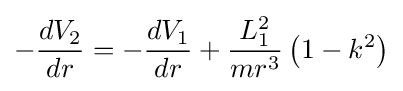
-{\frac {dV_{2}}{dr}}=-{\frac {dV_{1}}{dr}}+{\frac {L_{1}^{2}}{mr^{3}}}\left(1-k^{2}\right)